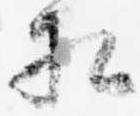
相